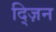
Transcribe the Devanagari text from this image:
द्ज़िन